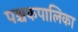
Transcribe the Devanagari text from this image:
पश्चकपालिका